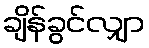
ချိန်ခွင်လျှာ